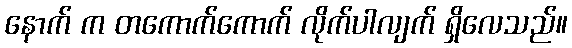
နောက် က တကောက်ကောက် လိုက်ပါလျက် ရှိလေသည်။